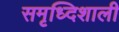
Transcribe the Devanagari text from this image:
समृध्दिशाली